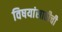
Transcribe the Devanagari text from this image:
विषयांसाठीची